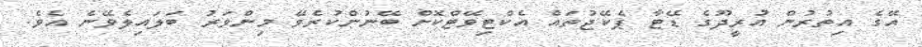
އޭގެ އިތުރުން އުރީދޫގެ ޑޭޓާ ޕެކޭޖުތައް އެކްޓިވޭޓްކޮށް ބޭނުންކުރެވޭ މިންވަރު ބަލައިލެވޭނެ އެވެ.